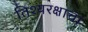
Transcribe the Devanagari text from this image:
तिश्यरक्षाचा